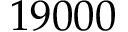
1 9 0 0 0